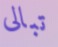
تبالى